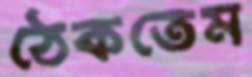
ঠেকতেম